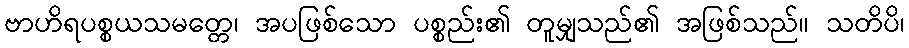
ဗာဟိရပစ္စယသမတ္တေ၊ အပဖြစ်သော ပစ္စည်း၏ တူမျှသည်၏ အဖြစ်သည်။ သတိပိ၊